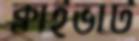
ক্লাইভার্ট